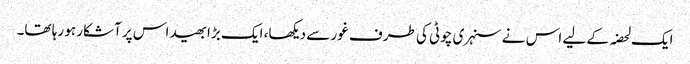
ایک لحضہ کے لیے اس نے سنہری چوٹی کی طرف غور سے دیکھا، ایک بڑا بھید اس پر آشکار ہو رہا تھا۔